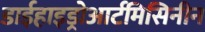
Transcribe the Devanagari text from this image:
डाईहाइड्रोआर्टमिसिनीन